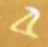
ব